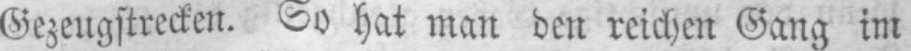
Gezeugstrecken. So hat man den reichen Gang im